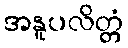
အနူပလိတ္တံ